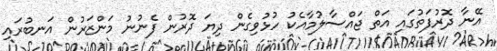
އޭނާ ދޮރުފަތުގައި އަތް ޖައްސާލުމާއެކު ހުޅުވިގެން ދިޔަ ދޮރުން ފެނުނު މަންޒަރުން އަނބުރައި